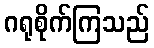
ဂရုစိုက်ကြသည်